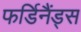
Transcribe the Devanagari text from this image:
फर्डिनैंड्स